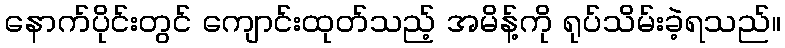
နောက်ပိုင်းတွင် ကျောင်းထုတ်သည့် အမိန့်ကို ရုပ်သိမ်းခဲ့ရသည်။